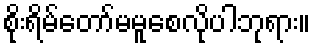
စိုးရိမ်တော်မမူစေလိုပါဘုရား။